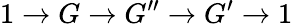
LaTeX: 1\to G\to G^{\prime\prime}\to G^{\prime}\to 1